Medical and sanitary report of the native army of Madras for the year
Year: 1875
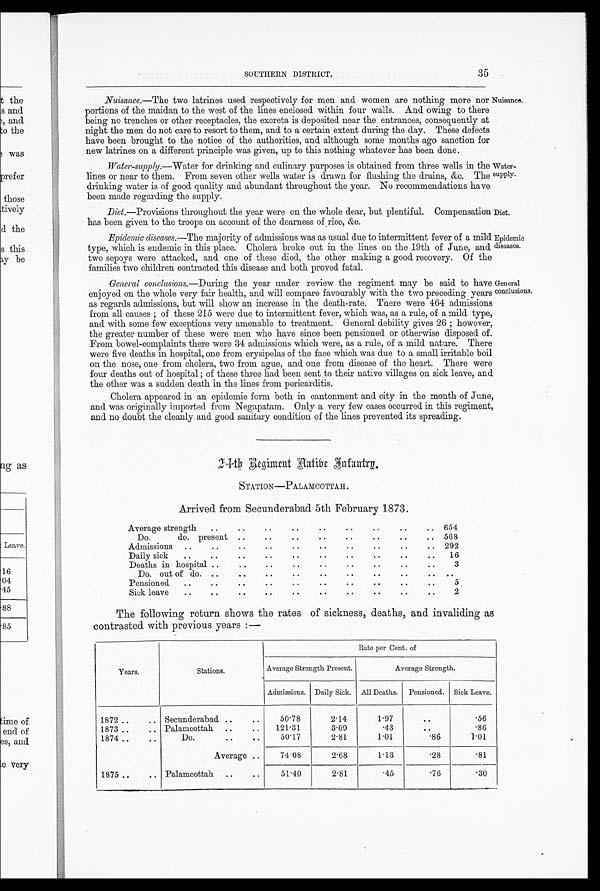
35
SOUTHERN DISTRICT.
Nuisance.—The two latrines used respectively for men and women are nothing more nor
portions of the maidan to the west of the lines enclosed within four walls. And owing to there
being no trenches or other receptacles, the excreta is deposited near the entrances, consequently at
night the men do not care to resort to them, and to a certain extent during the day. These defects
have been brought to the notice of the authorities, and although some months ago sanction for
new latrines on a. different principle was given, up to this nothing whatever has been done.
Water-supply.—Water for drinking and culinary purposes is obtained from three wells in the
lines or near to them. From seven other wells water is drawn for flushing the drains, &c. The
drinking water is of good quality and abundant throughout the year. No recommendations have
been made regarding the supply.
Diet. —Provisions throughout the year were on the whole dear, but plentiful. Compensation
has been given to the troops on account of the dearness of rice, &c.
Epidemic diseases.— The majority of admissions was as usual due to intermittent fever of a mild
type, which is endemic in this place. Cholera broke out in the lines on the 19th of June, and
two sepoys were attacked, and one of these died, the other making a good recovery. Of the
families two children contracted this disease and both proved fatal.
General conclusions.—During the year under review the regiment may be said to haw
enjoyed on the whole very fair health, and will compare favourably with the two preceding years
as regards admissions, but will show an increase in the death-rate. There were 464 admissio
n s f r o m a l l c a u s e s ; o f t h e s e 2 1 5 w e r e d u e t o i n t e r m i t t e n t f e v e r , w h i c h w a s , a s a r u l e , o f a m i l d t y p e
and with some few exceptions very amenable to treatment. General debility gives 26 ; however
the greater number of these were men who have since debility
pensioned or otherwise disposed of.
From bowel-complaints there were 34 admissions which were, as a rule, of a mild nature. There
were five deaths in hospital, one from erysipelas of the face which was due to a small irritable boi
l on the nose, one from cholera, two from ague, and one from disease of the heart. There wer
e four deaths out of hospital ; of these three had been sent to their native villages on sick leave, an
d t h e o t h e r w a s a s u d d e n d e a t h i n t h e l i n e s f r o m p e r i c a r d i t i s .
Cholera appeared in an epidemic form both in cantonment and city in the month of June
and was originally imported from Negapatam. Only a very few cases occurred in this regiment
and no doubt the cleanly and good sanitary condition of the lines prevented its spreading.
Nuisance.
Water-
supply.
Diet.
Epidemic
diseases.
General
conclusions.
2 4 t h R e g i m e n t N a t i v e I n f a n t r y .
STATION—PALAMCOTTAH.
Arrived from Secunderabad 5th February 1873.
Average strength
..
..
. . . .
. .
.
654
Do.
do. present ..
. .
. .
. .
. .
. .
. . 568
.
. .
. .
. m i s s i o n s .
. .
. .
. .
292
Daily sick
. . . .
. .
. .
.. . .
. .
16
D e t h s i n h o s p i t a l
. . .
3
D o . o u t o f d o . .
. .
. .
. .
.
..
P e n s i o n e d
. .
. .
5
Sick leave
a
. 6 . . . . . . ..
2
The following return shows the rates of sickness, deaths, and invaliding as
contrasted with previous years :—
Years.
Rate per Cent. of
Stations.
Average Strength Present.
Average Strength.
Admissions. Daily Sick. All Deaths. Pensioned. Sick Leave.
1872 ..
.. Secunderabad ..
..
50.78
2.14
1.97
. .
. 5 6
1873 . . ..
Palamcottah
..
..
121.31
3.09
.43
..
. 8 6
1874 . . ..
Do.
. .
. .
50.17
2.81
1.01
.86
1.01
Average ..
74.08
2.68
1.13
.28
. 8 1
1875 . . ..
Palamcottah
..
..
51.40
2.81
.45
.76
. 3 0